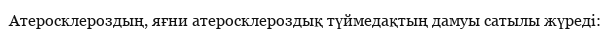
Атеросклероздың, яғни атеросклероздық түймедақтың дамуы сатылы жүреді: